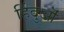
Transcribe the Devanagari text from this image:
हिंदुऒं